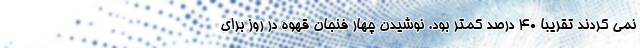
نمی کردند تقریبا 40 درصد کمتر بود. نوشیدن چهار فنجان قهوه در روز برای